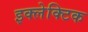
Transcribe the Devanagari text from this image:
इक्लेक्टिक